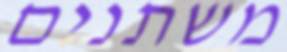
משתנים